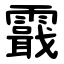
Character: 霵